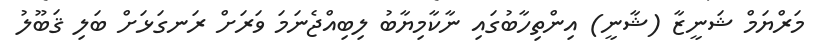
މަރްޔަމް ޝަނީޒާ (ޝާނީ) އިންތިހާބުގައި ނާކާމިޔާބު ލިބިއްޖެނަމަ ވަރަށް ރަނގަޅަށް ބަލި ޤަބޫލު